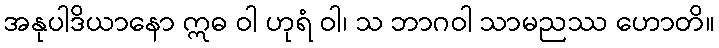
အနုပါဒိယာနော ဣဓ ဝါ ဟုရံ ဝါ၊ သ ဘာဂဝါ သာမညဿ ဟောတိ။